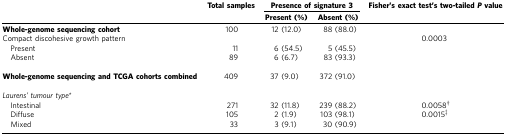
|  | Total samples | <COLSPAN=2> Presence of signature 3 | Fisher's exact test's two-tailedPvalue |
 |  |  | Present (%) | Absent (%) |  |
 | --- | --- | --- | --- | --- |
 | Whole-genome sequencing cohort | 100 | 12 (12.0) | 88 (88.0) |  |
 | Compact discohesive growth pattern |  |  |  | 0.0003 |
 | Present | 11 | 6 (54.5) | 5 (45.5) |  |
 | Absent | 89 | 6 (6.7) | 83 (93.3) |  |
 |  |  |  |  |  |
 | Whole-genome sequencing and TCGA cohorts combined | 409 | 37 (9.0) | 372 (91.0) |  |
 | <COLSPAN=5>  |
 | <COLSPAN=5> Laurens' tumour type* |
 | Intestinal | 271 | 32 (11.8) | 239 (88.2) | 0.0058† |
 | Diffuse | 105 | 2 (1.9) | 103 (98.1) | 0.0015‡ |
 | Mixed | 33 | 3 (9.1) | 30 (90.9) |  |